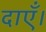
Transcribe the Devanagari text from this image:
दाएँ।